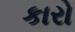
કારો